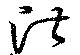
湛